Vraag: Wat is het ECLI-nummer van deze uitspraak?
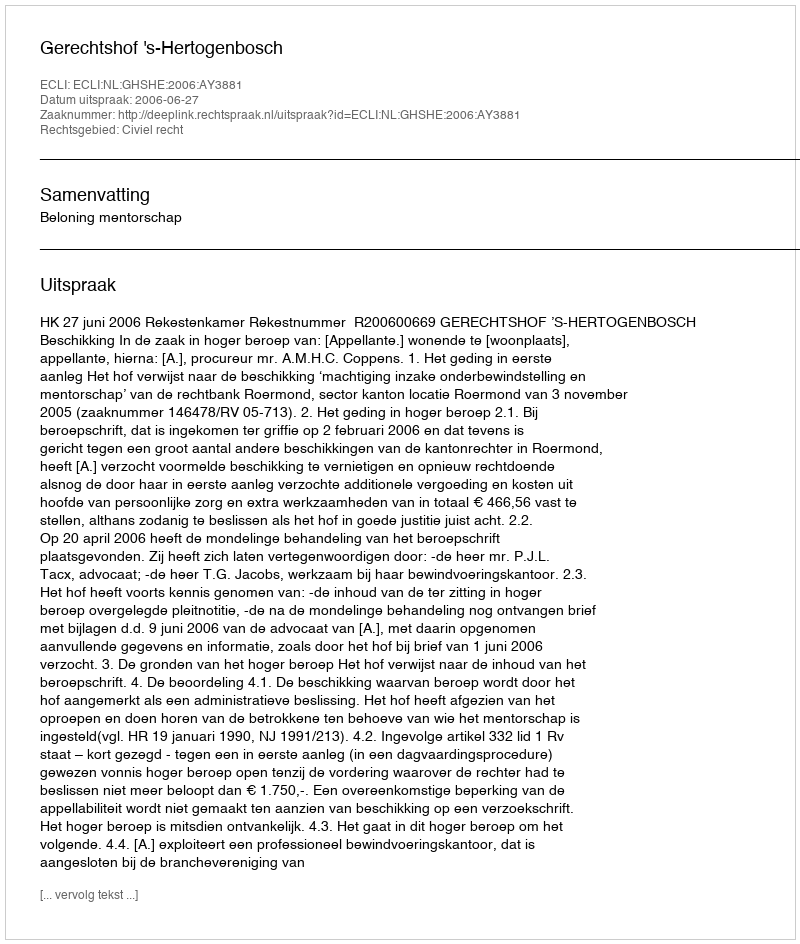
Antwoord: ECLI:NL:GHSHE:2006:AY3881